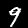
Digit: 9